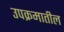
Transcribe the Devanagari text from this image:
उपक्रमातील